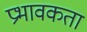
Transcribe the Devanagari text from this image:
प्रभावकता